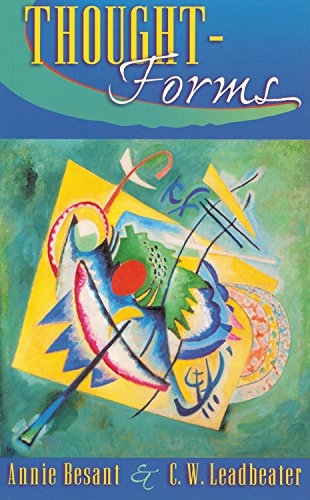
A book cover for Thought Forms; Annie Besant; Religion & Spirituality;